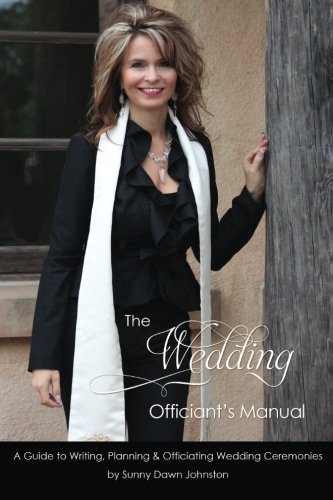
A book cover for The Wedding Officiant's Manual: The Wedding Guide to Writing, Planning and Officiating Wedding Ceremonies; Sunny Dawn Johnston; Crafts, Hobbies & Home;